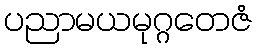
ပညာမယမုဂ္ဂတေဇံ